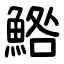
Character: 鯦